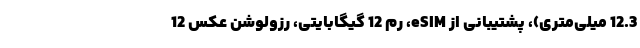
12.3 میلی‌متری)، پشتیبانی از eSIM، رم 12 گیگابایتی، رزولوشن عکس 12